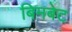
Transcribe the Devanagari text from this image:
बिमबेट